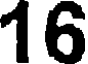
16